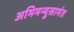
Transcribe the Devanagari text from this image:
अभिमन्युसामंत